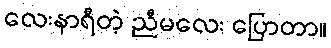
လေးနာရီတဲ့ ညီမလေး ပြောတာ။